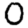
Digit: 0